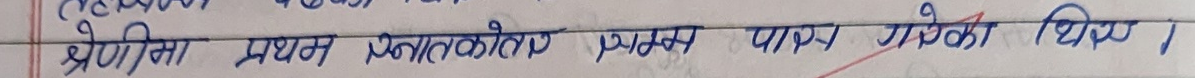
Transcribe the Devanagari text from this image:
श्रेणीमा प्रथम स्नातकोत्तर फ्याकल्टी छात्र राधिका धितल ।